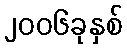
၂၀၀၆ခုနှစ်